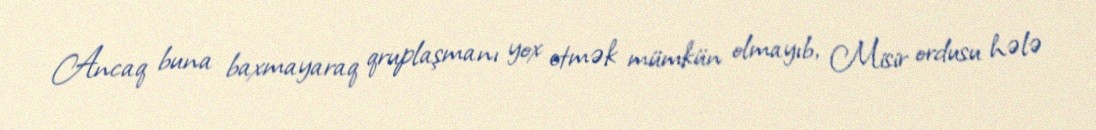
Ancaq buna baxmayaraq qruplaşmanı yox etmək mümkün olmayıb, Misir ordusu hələ